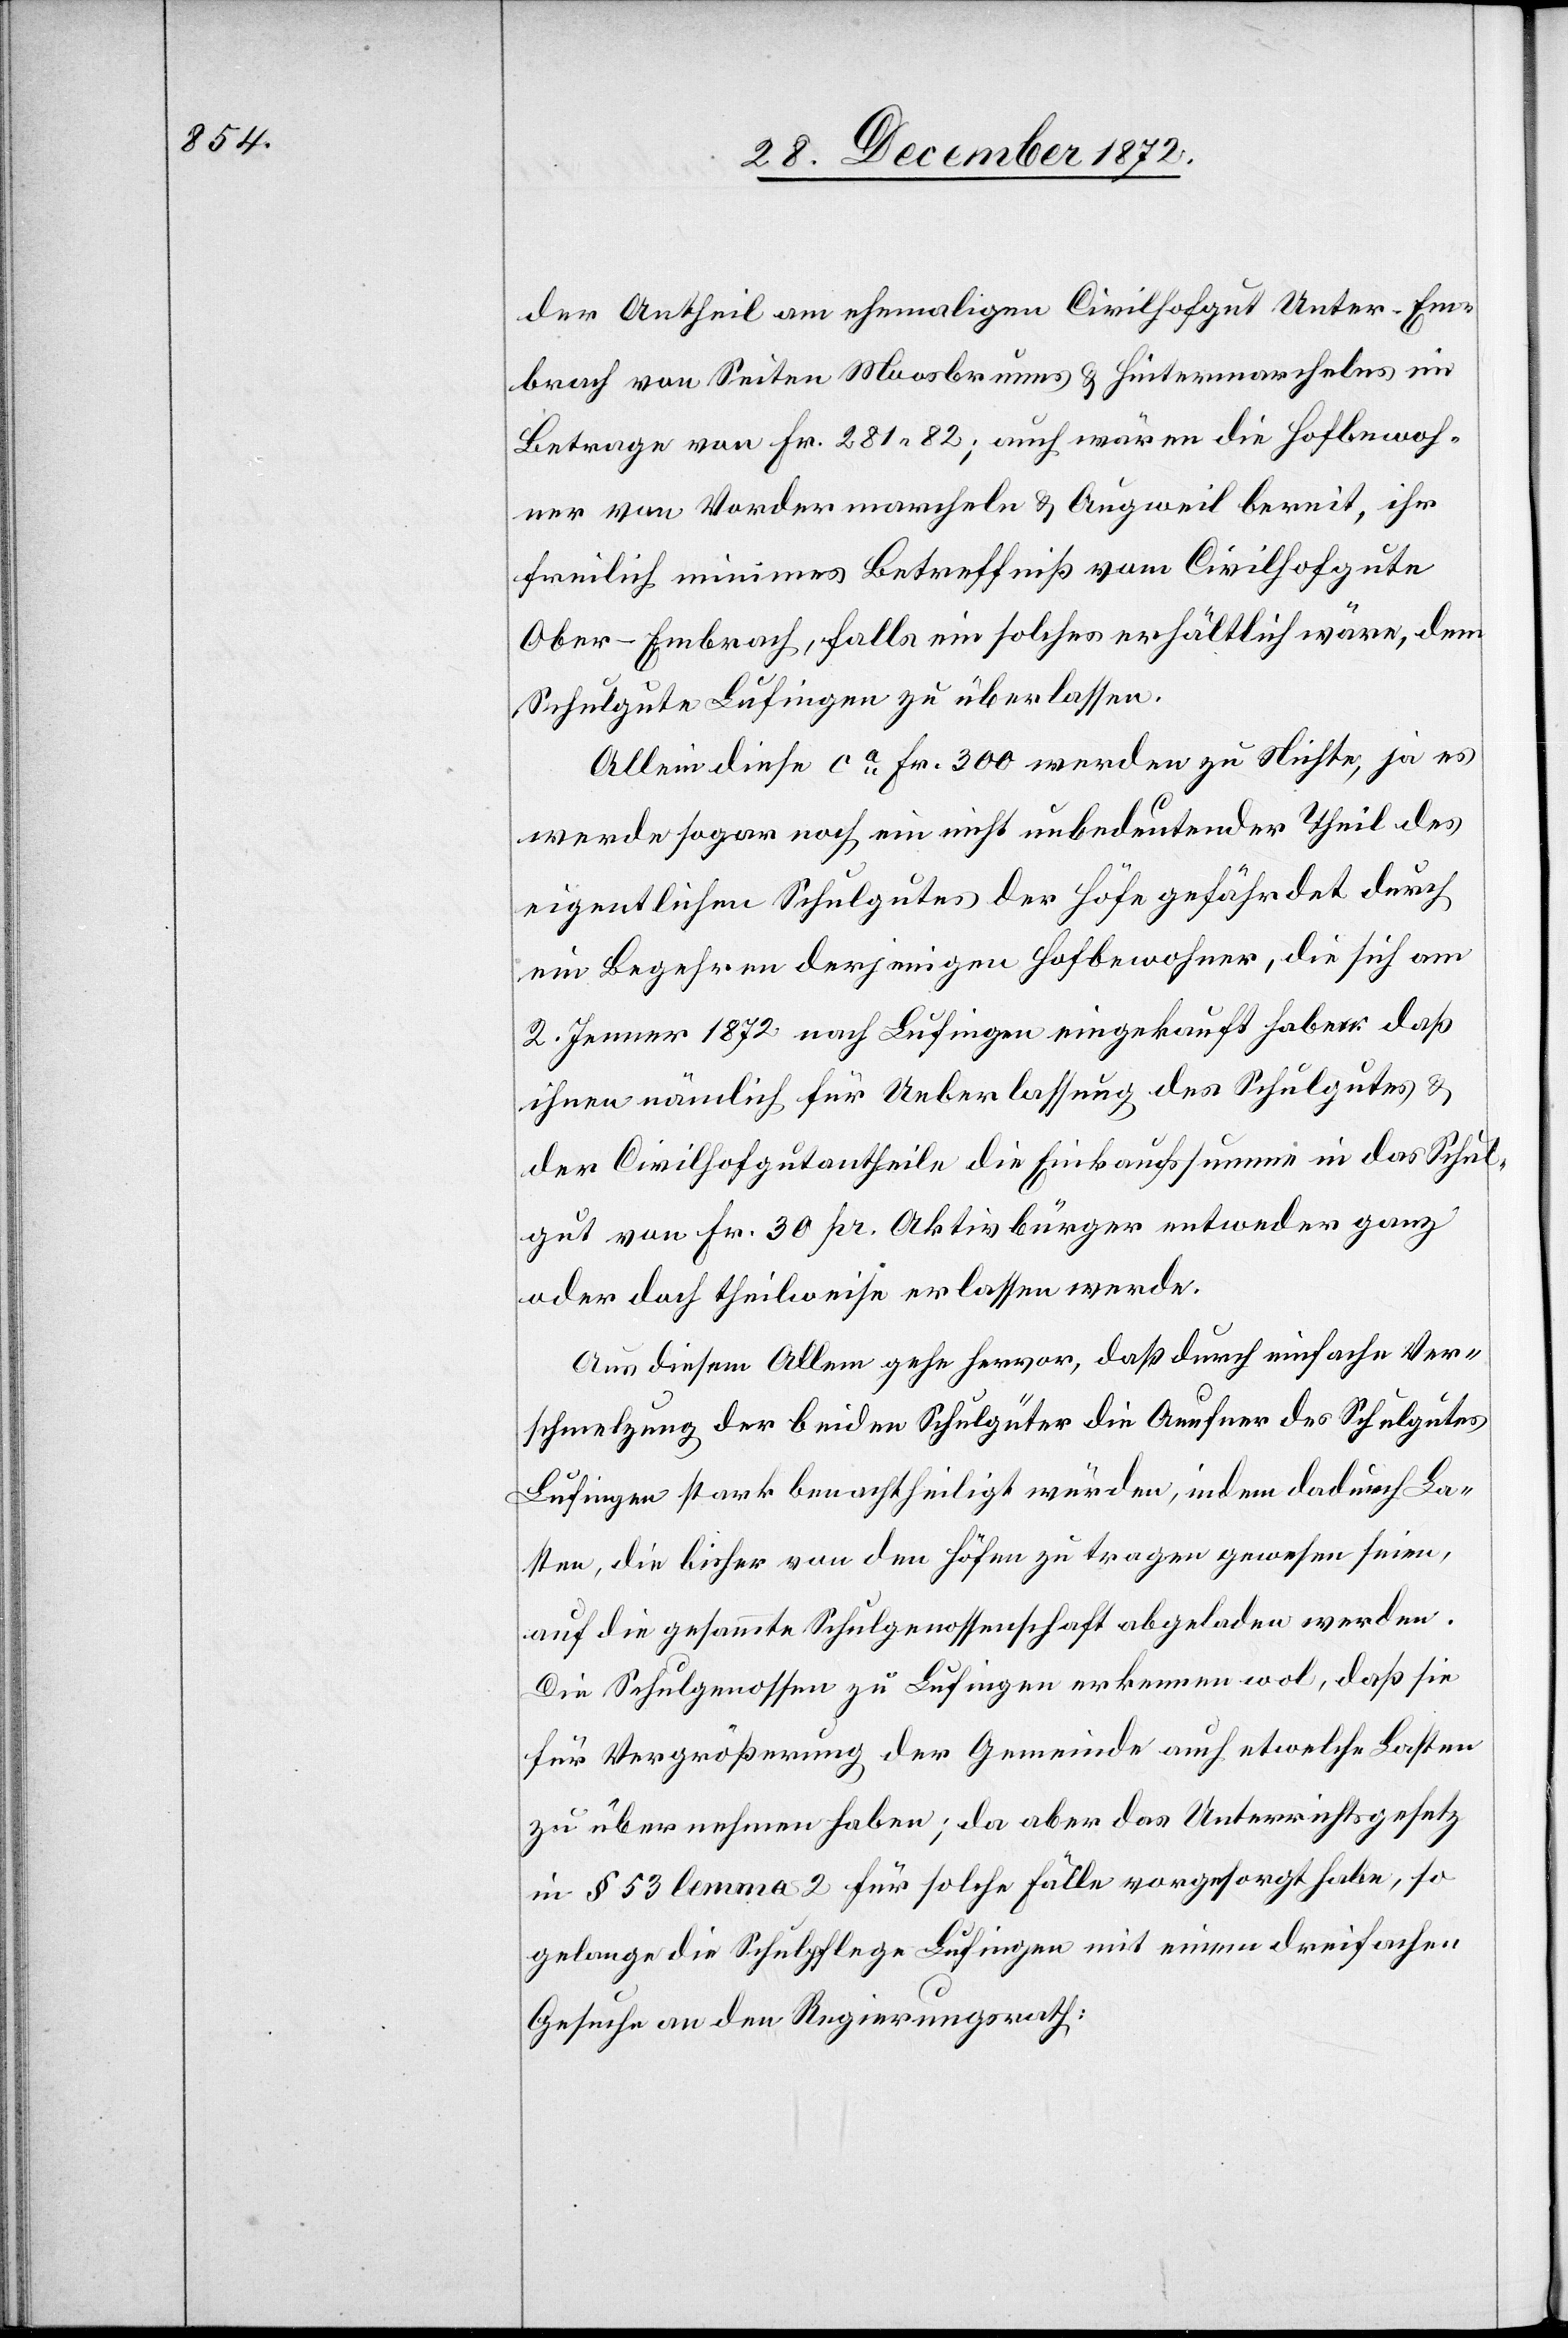
der Antheil am ehemaligen Civilhofgut Unter-Em¬
brach von Seiten Moosbrunns u. Hintermarchelns im
Betrage von Fr. 281 82; auch wären die Hofbewoh¬
ner von Vordermarcheln u. Augweil bereit, ihr
freilich minimes Betreffniß vom Civilhofgute
Ober-Embrach, falls ein solches erhältlich wäre, dem
Schulgute Lufingen zu überlassen.
Allein diese ca Fr. 300 werden zu Nichte, ja es
werde sogar noch ein nicht unbedeutender Theil des
eigentlichen Schulgutes der Höfe gefährdet durch
ein Begehren derjenigen Hofbewohner, die sich am
2. Jenner 1872 nach Lufingen eingekauft haben, daß
ihnen nämlich für Ueberlassung des Schulgutes u.
der Civilhofgutantheile die Einkaufssumme in das Schul¬
gut von Fr. 30 pr. Aktivbürger entweder ganz
oder doch theilweise erlassen werde.
Aus diesem Allem gehe hervor, daß durch einfache Ver¬
schmelzung der beiden Schulgüter die Aeufner des Schulgutes
Lufingen stark benachtheiligt würden, indem dadurch La¬
sten, die bisher von den Höfen zu tragen gewesen seien,
auf die gesammte Schulgenossenschaft abgeladen werden.
Die Schulgenossen zu Lufingen erkennen wol, daß sie
für Vergrößerung der Gemeinde auch etwelche Lasten
zu übernehmen haben; da aber das Unterrichtsgesetz
in § 53 lemma 2 für solche Fälle vorgesorgt habe, so
gelange die Schulpflege Lufingen mit einem dreifachen
Gesuche an den Regierungsrath: